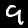
Digit: 9